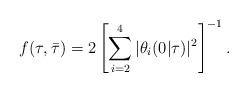
\begin{align*}f(\tau,\bar{\tau})=2\left[\sum_{i=2}^{4}|\theta_{i}(0|\tau)|^{2}\right]^{-1}.\end{align*}